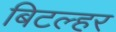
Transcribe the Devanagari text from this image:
बिटल्हर